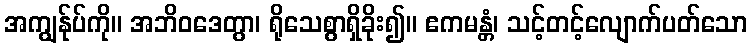
အကျွန်ုပ်ကို။ အဘိဝဒေတွာ၊ ရိုသေစွာရှိခိုး၍။ ဧကမန္တံ၊ သင့်တင့်လျောက်ပတ်သော